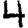
Digit: 4